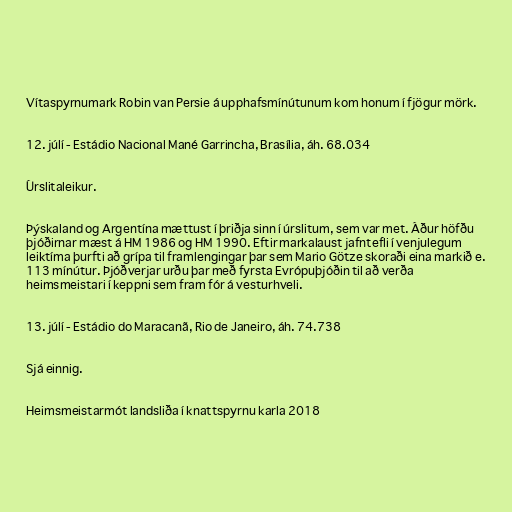
Vítaspyrnumark Robin van Persie á upphafsmínútunum kom honum í fjögur mörk.

12. júlí - Estádio Nacional Mané Garrincha, Brasília, áh. 68.034

Úrslitaleikur.

Þýskaland og Argentína mættust í þriðja sinn í úrslitum, sem var met. Áður höfðu
þjóðirnar mæst á HM 1986 og HM 1990. Eftir markalaust jafntefli í venjulegum
leiktíma þurfti að grípa til framlengingar þar sem Mario Götze skoraði eina markið e.
113 mínútur. Þjóðverjar urðu þar með fyrsta Evrópuþjóðin til að verða
heimsmeistari í keppni sem fram fór á vesturhveli.

13. júlí - Estádio do Maracanã, Rio de Janeiro, áh. 74.738

Sjá einnig.

Heimsmeistarmót landsliða í knattspyrnu karla 2018